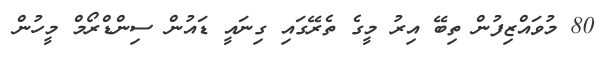
80 މުވައްޒިފުން ތިބޭ އިރު މީގެ ތެރޭގައި ގިނައީ ޑައުން ސިންޑްރޯމް މީހުން